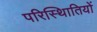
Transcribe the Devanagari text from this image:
परिस्थिातियों